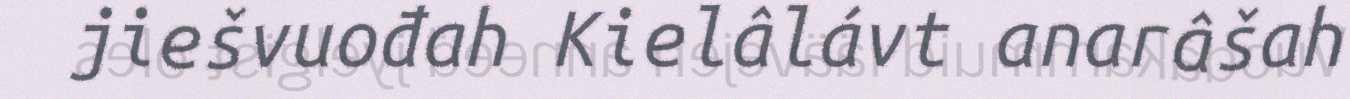
jiešvuođah Kielâlávt anarâšah